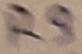
Text: R9